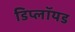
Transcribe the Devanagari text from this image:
डिप्लॉयड